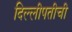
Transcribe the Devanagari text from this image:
दिल्लीपतीची